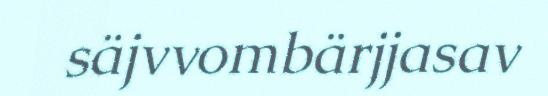
säjvvombärjjasav